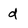
Character: d